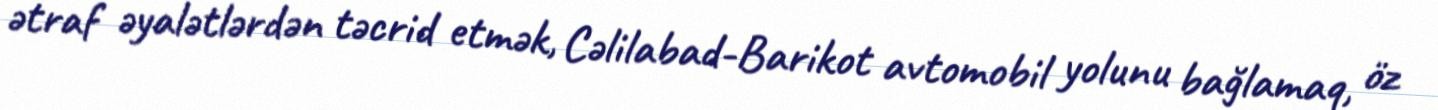
ətraf əyalətlərdən təcrid etmək, Cəlilabad-Barikot avtomobil yolunu bağlamaq, öz